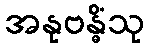
အနုဗန္ဓိံသု